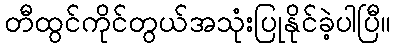
တီထွင်ကိုင်တွယ်အသုံးပြုနိုင်ခဲ့ပါပြီ။